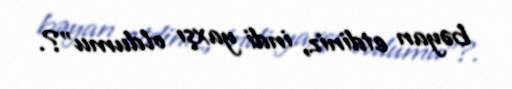
bəyan etdiniz, indi yaxşı oldumu”?.